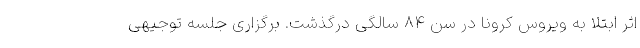
اثر ابتلا به ویروس کرونا در سن ۸۴ سالگی درگذشت. برگزاری جلسه توجیهی